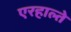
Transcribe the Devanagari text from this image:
एरहाल्ते